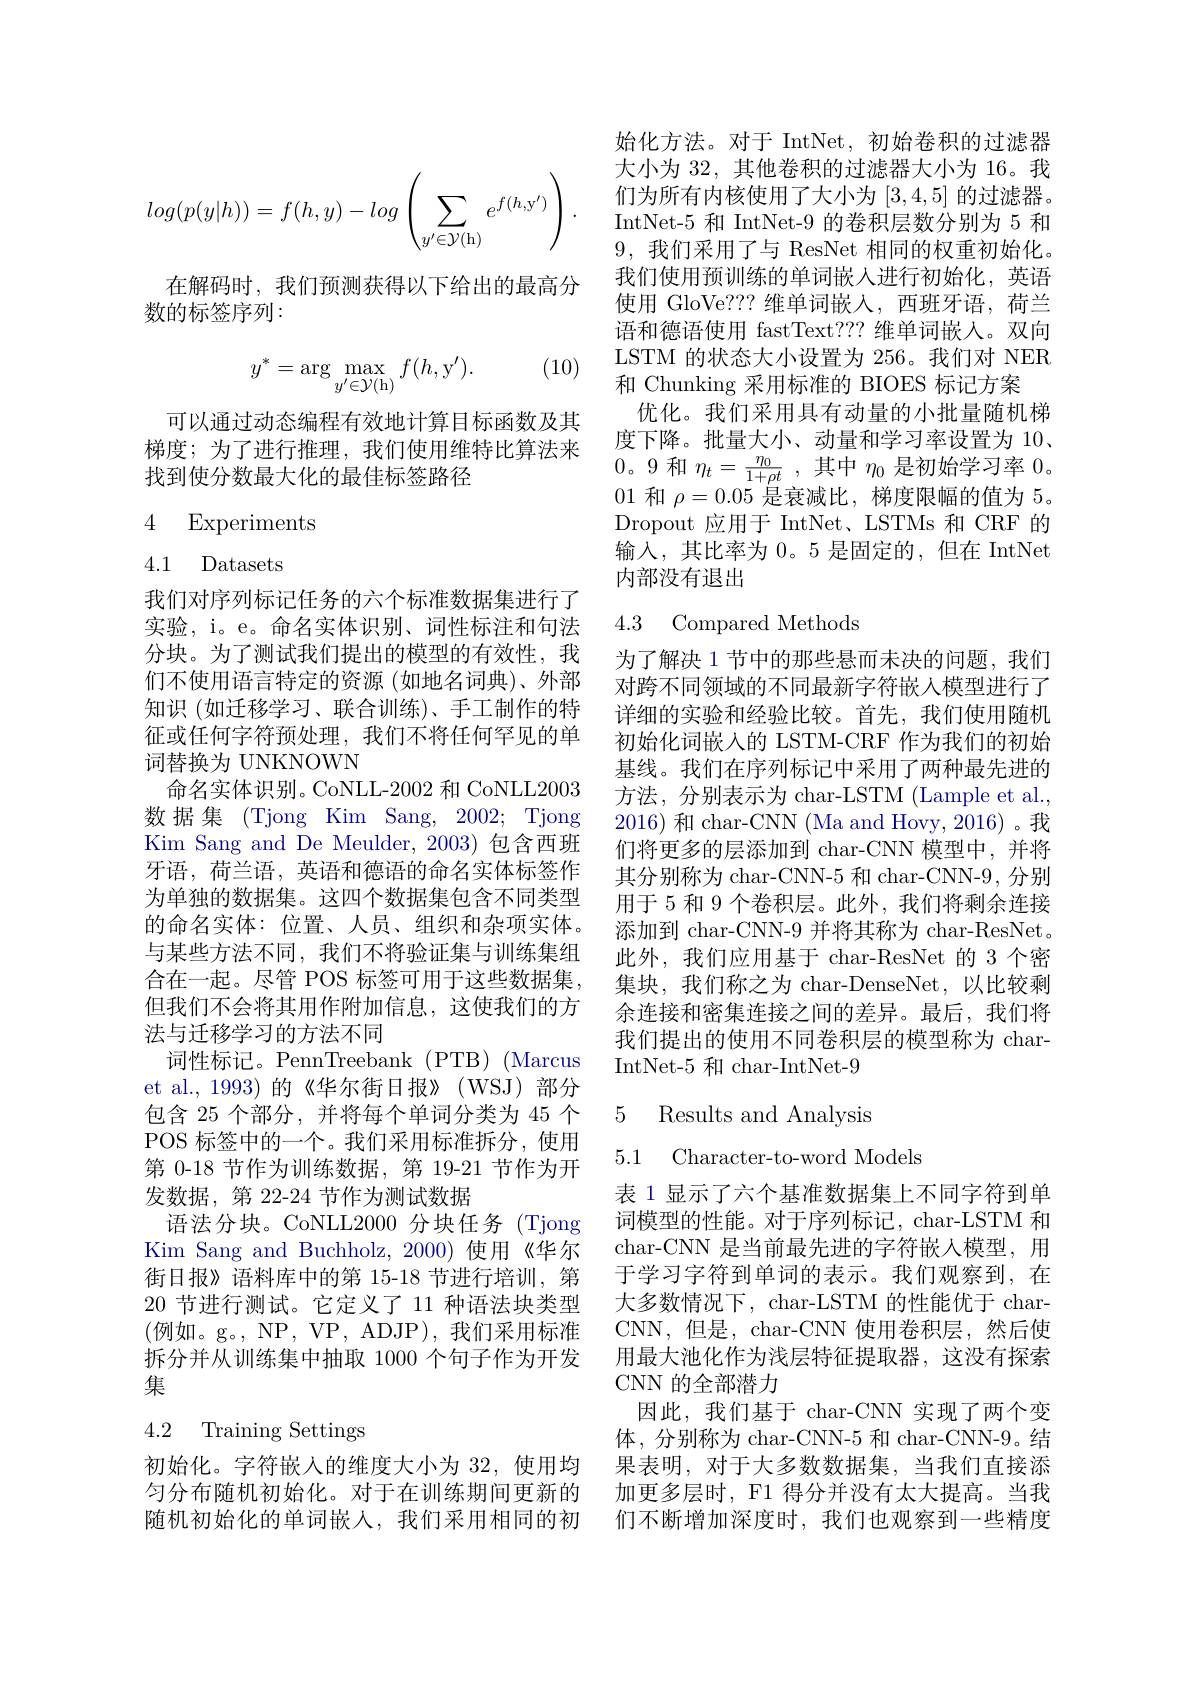
$$log(p(y|h))=f(h,y)-log\left(\sum_{y'\in\mathcal{Y}(\mathrm{h})}e^{f(h,\mathrm{y}')}\right).$$
在解码时，我们预测获得以下给出的最高分
数的标签序列：

(10)
$$y^*=\arg\max_{y'\in\mathcal{Y}(\mathrm{h})}f(h,\mathrm{y'}).$$
可以通过动态编程有效地计算目标函数及其梯度；为了进行推理，我们使用维特比算法来找到使分数最大化的最佳标签路径

# 4 Experiments

4.1 Datasets

我们对序列标记任务的六个标准数据集进行了实验，i。e。命名实体识别、词性标注和句法分块。为了测试我们提出的模型的有效性，我们不使用语言特定的资源 (如地名词典)、外部知识 (如迁移学习、联合训练)、手工制作的特征或任何字符预处理，我们不将任何罕见的单词替换为 UNKNOWN
命名实体识别。CoNLL-2002 和 CoNLL2003数据集 (Tjong Kim Sang, 2002; Tjong Kim Sang and De Meulder, 2003) 包含西班牙语，荷兰语，英语和德语的命名实体标签作为单独的数据集。这四个数据集包含不同类型的命名实体：位置、人员、组织和杂项实体。与某些方法不同，我们不将验证集与训练集组合在一起。尽管 POS 标签可用于这些数据集， 但我们不会将其用作附加信息，这使我们的方法与迁移学习的方法不同
词性标记。PennTreebank (PTB) (Marcus et al.,1993)的《华尔街日报》(WSJ)部分包含 25 个部分，并将每个单词分类为 45 个POS 标签中的一个。我们采用标准拆分，使用第 0-18 节作为训练数据，第 19-21 节作为开发数据，第 22-24 节作为测试数据
语法分块。CoNLL2000 分块任务 (Tjong Kim Sang and Buchholz, 2000)使用《华尔街日报》语料库中的第 15-18 节进行培训，第20 节进行测试。它定义了 11 种语法块类型(例如。g。, NP, VP, ADJP), 我们采用标准拆分并从训练集中抽取 1000 个句子作为开发集
4.2 Training Settings

初始化。字符嵌人的维度大小为 32,使用均匀分布随机初始化。对于在训练期间更新的随机初始化的单词嵌入，我们采用相同的初

始化方法。对于 IntNet, 初始卷积的过滤器大小为 32,其他卷积的过滤器大小为 16。我们为所有内核使用了大小为[3,4,5]的过滤器。IntNet-5 和 IntNet-9 的卷积层数分别为 5 和9,我们采用了与 ResNet 相同的权重初始化。我们使用预训练的单词嵌入进行初始化，英语使用 GloVe??? 维单词嵌入，西班牙语，荷兰语和德语使用 fastText??? 维单词嵌入。双向LSTM 的状态大小设置为 256。我们对 NER 和 Chunking 采用标准的 BIOES 标记方案
优化。我们采用具有动量的小批量随机梯度下降。批量大小、动量和学习率设置为 10、 0。9 和$\eta _t= \frac {\eta _0}{1+ \rho t}$ ,其中$\eta_0$是初始学习率0。01和$\rho=0.05$是衰减比，梯度限幅的值为 5。Dropout 应用于 IntNet、LSTMs 和 CRF 的输入，其比率为0。5 是固定的，但在 IntNet 内部没有退出

### 4.3 Compared Methods

为了解决 1 节中的那些悬而未决的问题，我们对跨不同领域的不同最新字符嵌人模型进行了详细的实验和经验比较。首先，我们使用随机初始化词嵌入的 LSTM-CRF 作为我们的初始基线。我们在序列标记中采用了两种最先进的方法，分别表示为 char-LSTM (Lample et al., 2016)和 char-CNN (Ma and Hovy, 2016)。我们将更多的层添加到 char-CNN 模型中，并将其分别称为 char-CNN-5 和 char-CNN-9, 分别用于 5 和 9 个卷积层。此外，我们将剩余连接添加到 char-CNN-9 并将其称为 char-ResNet. 此外，我们应用基于 char-ResNet 的 3 个密集块，我们称之为 char-DenseNet,以比较剩余连接和密集连接之间的差异。最后，我们将我们提出的使用不同卷积层的模型称为 charIntNet-5 和 char-IntNet-9

## 5 Results and Analysis
5.1 Character-to-word Models

表 1 显示了六个基准数据集上不同字符到单词模型的性能。对于序列标记，char-LSTM 和char-CNN 是当前最先进的字符嵌入模型，用于学习字符到单词的表示。我们观察到，在大多数情况下，char-LSTM 的性能优于 charCNN,但是，char-CNN 使用卷积层，然后使用最大池化作为浅层特征提取器，这没有探索CNN 的全部潜力
因此，我们基于 char-CNN 实现了两个变体，分别称为 char-CNN-5 和 char-CNN-9。结果表明，对于大多数数据集，当我们直接添加更多层时，F1 得分并没有太大提高。当我们不断增加深度时，我们也观察到一些精度